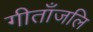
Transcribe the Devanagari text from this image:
गीताँजलि